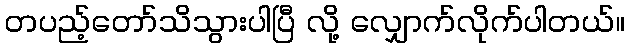
တပည့်တော်သိသွားပါပြီ လို့ လျှောက်လိုက်ပါတယ်။